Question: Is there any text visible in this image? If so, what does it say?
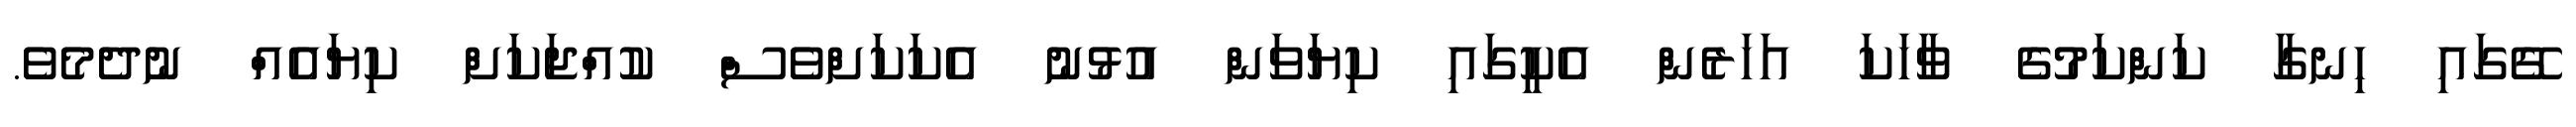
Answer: ގޭގައި ހިނގާ ކަންކަމުގެ ވާހަކަ އަހަރެން އެކީގައި ކިޔަވަން އުޅުނު އެކަކަށްވެސް ކުއްޖަކަށް ކިޔައެއް ނުދެމެވެ.